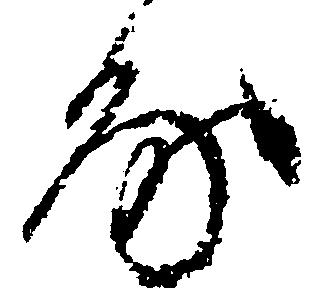
房